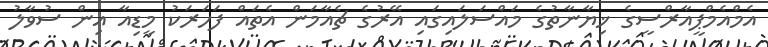
އެމްއެމްޕީއާރްސީގެ ޚިޔާނާތުގެ މައްސަލައިގައި އޭރުގެ ޗެއާމަން އެތައް ފަހަރަކު މީޑިއާ އިން ސުވާލު